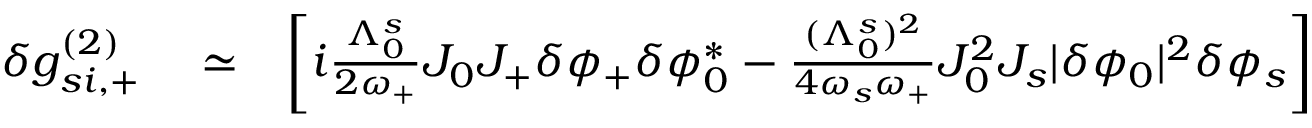
\begin{array} { r l r } { \delta g _ { s i , + } ^ { ( 2 ) } } & { { } \simeq } & { \left[ i \frac { \Lambda _ { 0 } ^ { s } } { 2 \omega _ { + } } J _ { 0 } J _ { + } \delta \phi _ { + } \delta \phi _ { 0 } ^ { * } - \frac { ( \Lambda _ { 0 } ^ { s } ) ^ { 2 } } { 4 \omega _ { s } \omega _ { + } } J _ { 0 } ^ { 2 } J _ { s } | \delta \phi _ { 0 } | ^ { 2 } \delta \phi _ { s } \right] } \end{array}